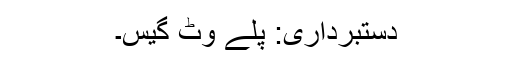
دستبرداری: پلے وِٹ گیس۔